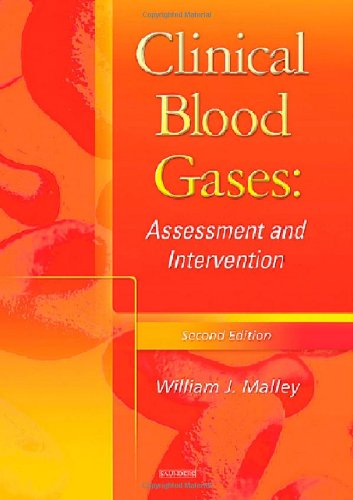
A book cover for Clinical Blood Gases: Assessment & Intervention, 2e; William J. Malley MS  RRT  CPFT; Medical Books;